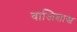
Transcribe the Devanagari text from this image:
वाजिशास्त्र